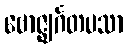
ဗောဇ္ဈင်္ဂတပသာ